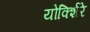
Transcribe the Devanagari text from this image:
योर्क्शिरे